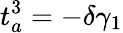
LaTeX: t_{a}^{3}=-\delta\gamma_{1}